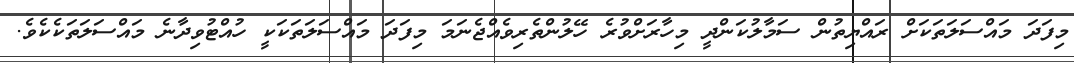
މިފަދަ މައްސަލަތަކަށް ރައްޔިތުން ސަމާލުކަންދީ މިހާރަށްވުރެ ހޭލުންތެރިވެއްޖެނަމަ މިފަދަ މައްސަލަތަކަކީ ހުއްޓުވިދާނެ މައްސަލަތަކެކެވެ.